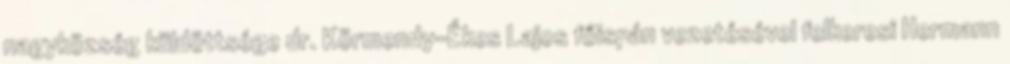
nagyközség küldöttsége dr. Körmendy-Ékes Lajos főispán vezetésével felkeresi Hermann